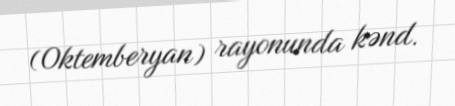
(Oktemberyan) rayonunda kənd.